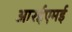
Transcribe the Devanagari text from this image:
आरईएमई